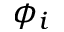
\phi _ { i }